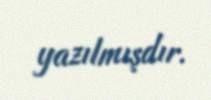
yazılmışdır.